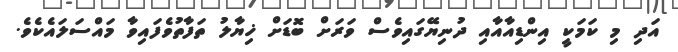
އަދި މި ކަމަކީ އިންޑިއާއާއި ދުނިޔޭގައިވެސް ވަރަށް ބޮޑަށް ޚިޔާލު ތަފާތުވެފައިވާ މައްސަލައެކެވެ.